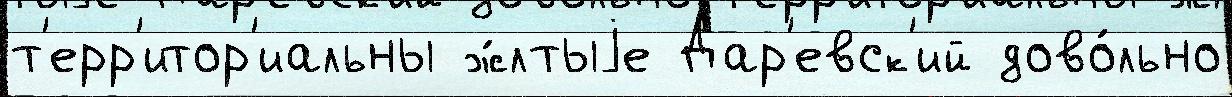
т'ерр'итор'иальны ж́лтыjе Дар'евск'ий дово́льно